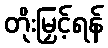
တိုးမြှင့်ရန်